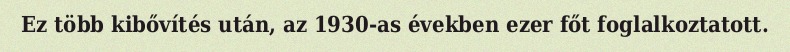
Ez több kibővítés után, az 1930-as években ezer főt foglalkoztatott.